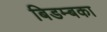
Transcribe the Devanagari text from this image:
बिडम्बका